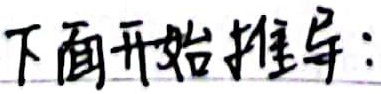
下面开始推导：